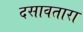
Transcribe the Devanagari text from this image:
दसावतारा